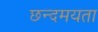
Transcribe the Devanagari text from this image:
छन्दमयता